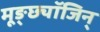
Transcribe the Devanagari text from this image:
मूङ्छ्यॉजिन्